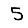
Digit: 5